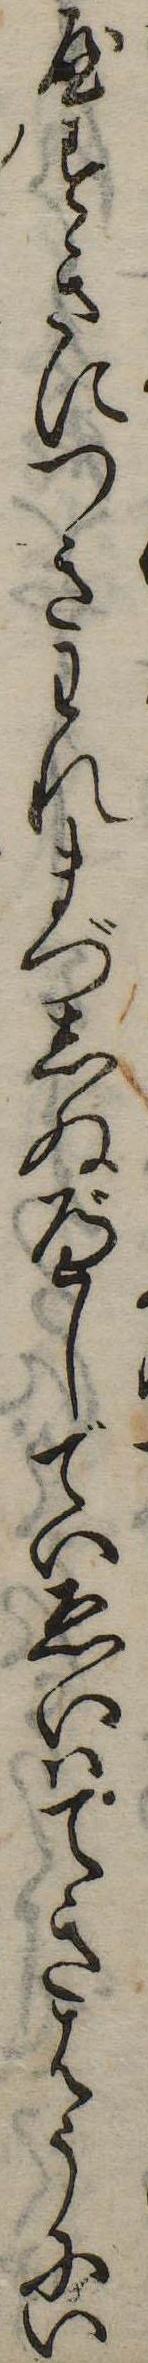
やすきにつきわれまづしぬべしでいゑいはてきはうにい